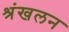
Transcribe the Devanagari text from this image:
श्रंखलन